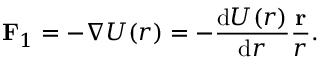
\mathbf { F } _ { 1 } = - \boldsymbol { \nabla } U ( r ) = - \frac { \mathrm { d } U ( r ) } { \mathrm { d } r } \frac { \mathbf { r } } { r } .